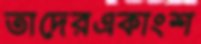
তাদেরএকাংশ